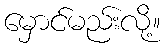
မှောင်မည်းလို့။